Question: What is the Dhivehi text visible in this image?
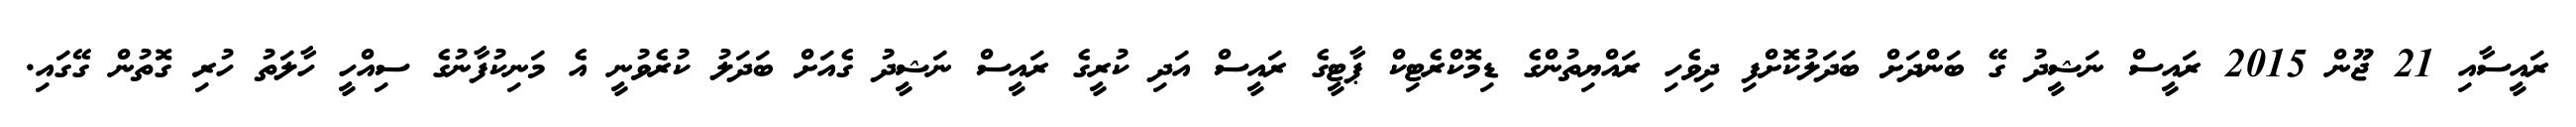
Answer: ރައީސާއި 21 ޖޫން 2015 ރައީސް ނަޝީދު ގޭ ބަންދަށް ބަދަލުކޮށްފި ދިވެހި ރައްޔިތުންގެ ޑިމޮކްރެޓިކް ޕާޓީގެ ރައީސް އަދި ކުރީގެ ރައީސް ނަޝީދު ގެއަށް ބަދަލު ކުރެވުނީ އެ މަނިކުފާނުގެ ސިއްހީ ހާލަތު ހުރި ގޮތުން ގޭގައި.